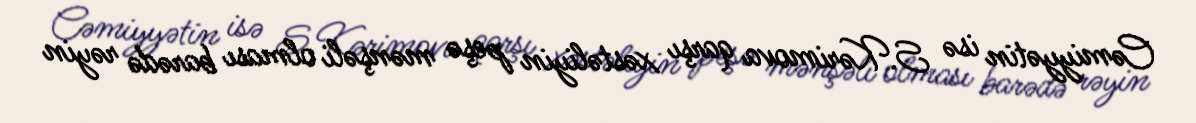
Cəmiyyətin isə S.Kərimova qarşı xəstəliyin peşə mənşəli olması barədə rəyin